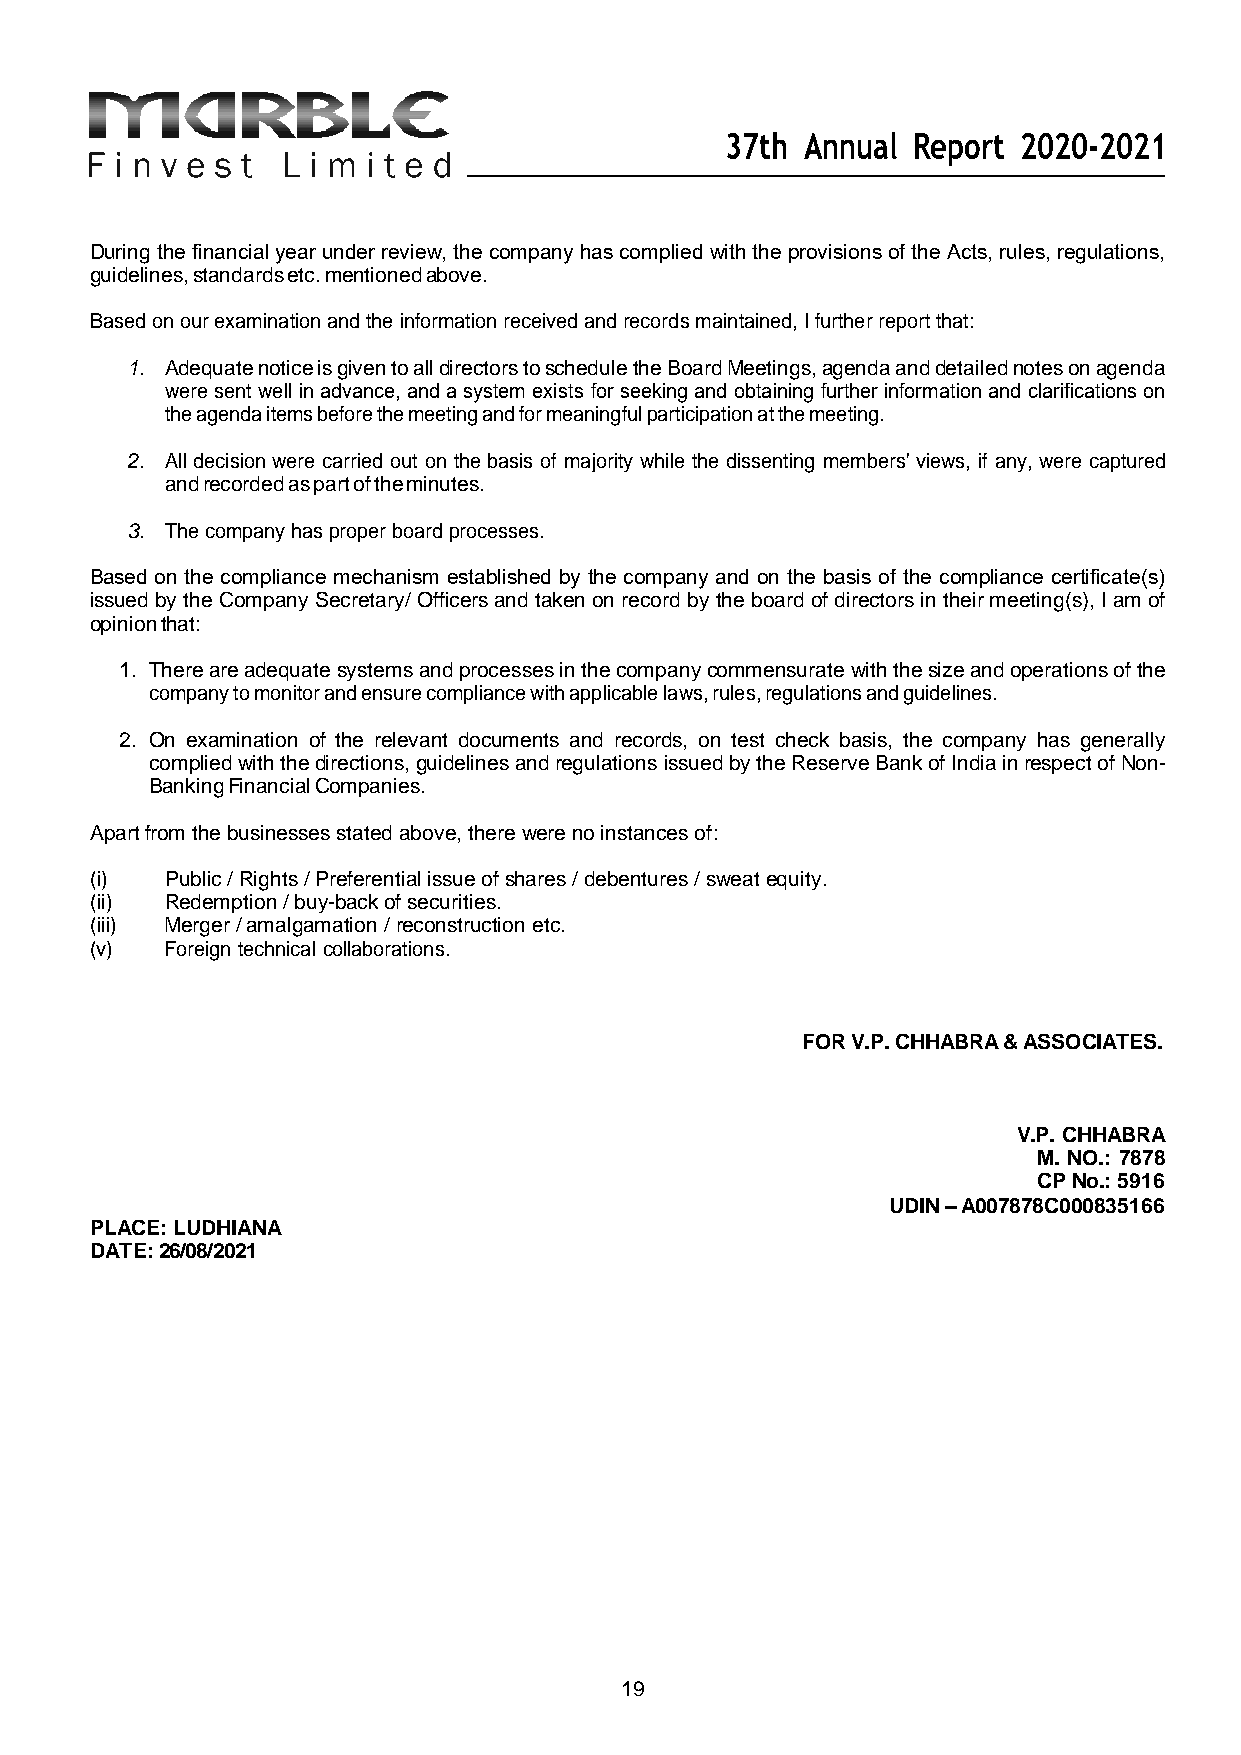
37th Annual Report 2020-2021
 During the financial year under review, the company has complied with the provisions of the Acts, rules, regulations,
 guidelines, standards etc. mentioned above.
 Based on our examination and the information received and records maintained, I further report that:
 1. Adequate notice is given to all directors to schedule the Board Meetings, agenda and detailed notes on agenda
 were sent well in advance, and a system exists for seeking and obtaining further information and clarifications on
 the agenda items before the meeting and for meaningful participation at the meeting.
 2. All decision were carried out on the basis of majority while the dissenting members' views, if any, were captured
 and recorded as part of the minutes.
 3. The company has proper board processes.
 Based on the compliance mechanism established by the company and on the basis of the compliance certificate(s)
 issued by the Company Secretary/ Officers and taken on record by the board of directors in their meeting(s), I am of
 opinion that:
 1. There are adequate systems and processes in the company commensurate with the size and operations of the
 company to monitor and ensure compliance with applicable laws, rules, regulations and guidelines.
 2. On examination of the relevant documents and records, on test check basis, the company has generally
 complied with the directions, guidelines and regulations issued by the Reserve Bank of India in respect of Non-
 Banking Financial Companies.
 Apart from the businesses stated above, there were no instances of:
 (i)  Public / Rights / Preferential issue of shares / debentures / sweat equity.
 (ii) Redemption / buy-back of securities.
 (iii) Merger / amalgamation / reconstruction etc.
 (v)  Foreign technical collaborations.
 FOR V.P. CHHABRA & ASSOCIATES.
 V.P. CHHABRA
 M. NO.: 7878
 CP No.: 5916
 UDIN – A007878C000835166
 PLACE: LUDHIANA
 DATE: 26/08/2021
 19